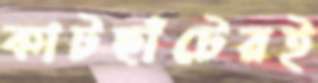
কাটছাঁটেরই